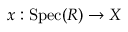
x : { \mathrm { S p e c } } ( R ) \to X